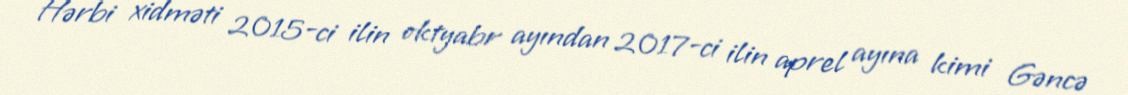
Hərbi xidməti 2015-ci ilin oktyabr ayından 2017-ci ilin aprel ayına kimi Gəncə